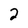
Character: 2